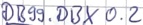
Text: DB99.DBX0.2